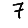
Digit: 7